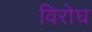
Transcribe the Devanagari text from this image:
विरोघ